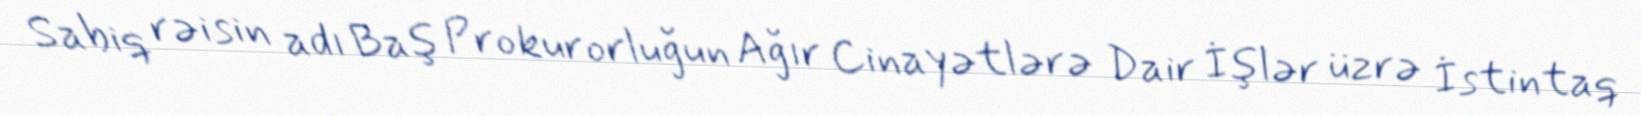
Sabiq rəisin adı Baş Prokurorluğun Ağır Cinayətlərə Dair İşlər üzrə İstintaq